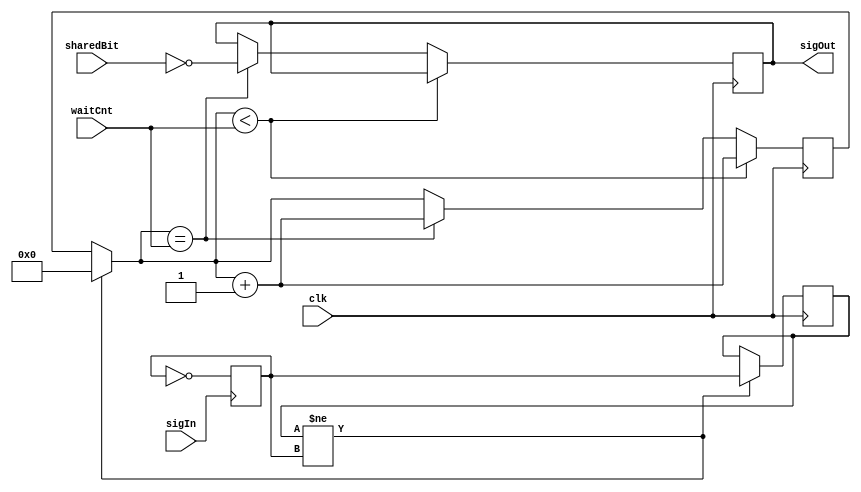
module PosEdgeDelay(clk, sigIn, waitCnt, sharedBit, sigOut);
/***
This module looks at a signal and uses a timer to delay rising edges.  Once the timer reaches the given number of clock cycles (specified by an input), an output is forced to a state which inverts one of the input bits, sharedBit.

Ted Golfinopoulos, 11 September 2012
***/

parameter WAIT_CNT_SIZE=11;
//parameter INVERT_FLAG=1'b0; //If high, invert output.

input clk, sigIn;
input [WAIT_CNT_SIZE-1:0] waitCnt;
input sharedBit; //The output bit inverts this input bit.
output sigOut;

reg sigInPosEdge, sigInPosEdgeLast;
reg [WAIT_CNT_SIZE-1:0] posEdgeDelayTimer;
reg sigOutReg;

initial begin
	#0
	sigOutReg=1'b0;
	posEdgeDelayTimer=1'b0;
	sigInPosEdge=1'b0;
	sigInPosEdgeLast=1'b0;
end

//Divide input signal down by 2; divided down signal has constant value between rising edges, and state changes on positive edges.  Sample for state changes in this divided down signal.
always @(posedge sigIn) begin
	sigInPosEdge=~sigInPosEdge; //Changes state on positive edges of sigIn.
end

//Check for state changes in sigInPosEdge, indicating rising edge in input signal.  Wait a specified delay time, and then impose the corresponding rising edge in the output signal.
always @(posedge clk) begin
	if(sigInPosEdgeLast != sigInPosEdge) begin
		posEdgeDelayTimer=1'b0; //Reset positive edge delay timer.
		sigInPosEdgeLast = sigInPosEdge; //Update positive edge state register.
		//$display("Divided signal state change, INVERT_FLAG=%b",INVERT_FLAG);
	end

	//Delay timer.
	//If timer has been reset, start counting until wait limit is reached.  Then, stop and update output.
	//Since this is the positive edge timer, the update is to force the output high.
	//After the output is forced high, the timer is incremented once more to unlock output.
	if(posEdgeDelayTimer<waitCnt) begin
		posEdgeDelayTimer=posEdgeDelayTimer+1'b1;
	end else if(posEdgeDelayTimer==waitCnt) begin //Leave timer locked at waitCnt
		posEdgeDelayTimer=posEdgeDelayTimer+1'b1;
		//Force output high, effecting rising edge.  But if INVERT_FLAG is high, force low.
		sigOutReg=~sharedBit;
		$display("time=%d,waitCnt=%d, sigOutReg=%b",$time,waitCnt, sigOutReg);
	end //Otherwise, don't increment timer any longer, and don't force the output state.
end

assign sigOut=sigOutReg; //Tie output to sigOutReg register, which is modified in clk always block.

endmodule